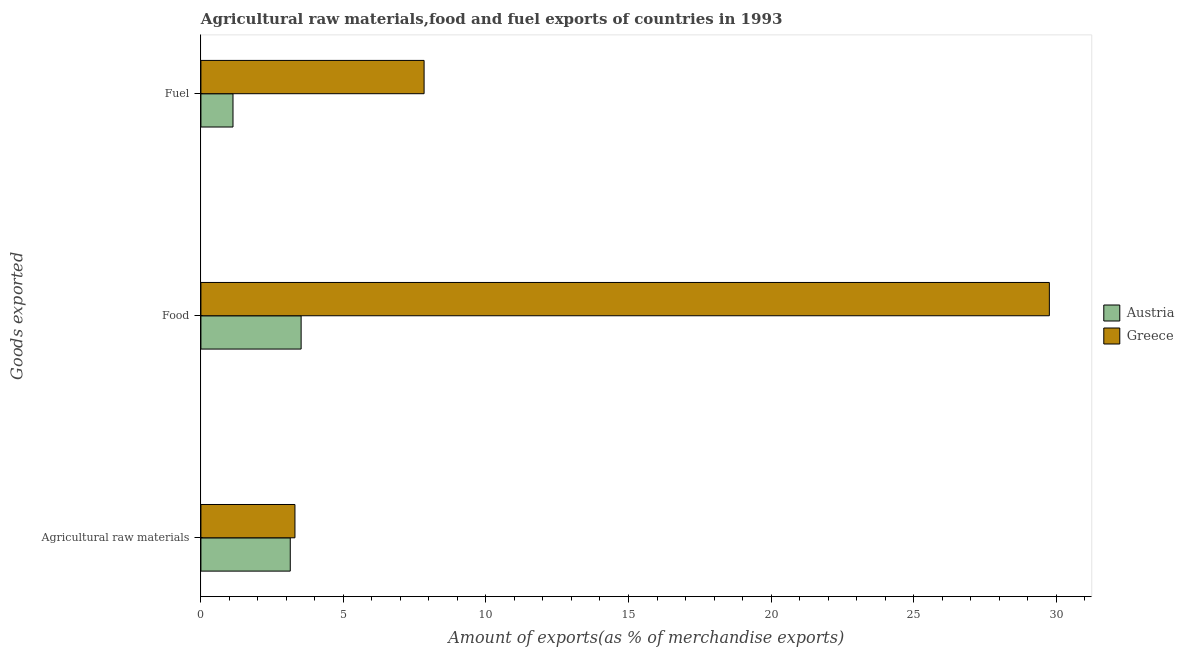
| Goods exported | Austria | Greece |
 | --- | --- | --- |
 | Agricultural raw materials | 3.13 | 3.3 |
 | Food | 3.52 | 29.8 |
 | Fuel | 1.13 | 7.83 |